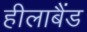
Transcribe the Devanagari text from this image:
हीलाबैंड